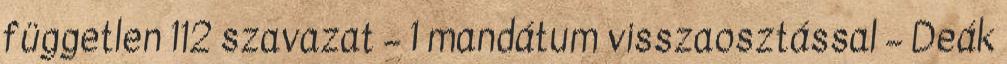
független 112 szavazat – 1 mandátum visszaosztással – Deák